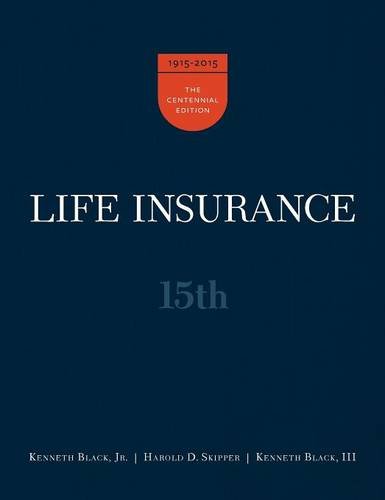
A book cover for Life Insurance, 15th Ed.; Jr. Kenneth Black; Business & Money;